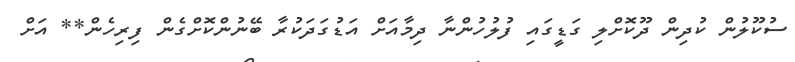
ސުކޫލުން ކުދިން ދޫކޮށްލި ގަޑީގައި ފުލުހުންނާ ދިމާއަށް އަޑުގަދަކުރާ ބޭނުންކޮށްގެން ފިރިހެން** އަށް